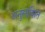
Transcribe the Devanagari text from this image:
अनुसाशित